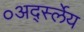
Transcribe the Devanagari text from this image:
०अर्द्स्लेय